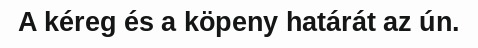
A kéreg és a köpeny határát az ún.